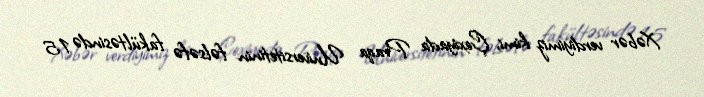
Xəbər verdiyimiz kimi, Çexiyada Praqa Universitetinin fəlsəfə fakültəsində 15